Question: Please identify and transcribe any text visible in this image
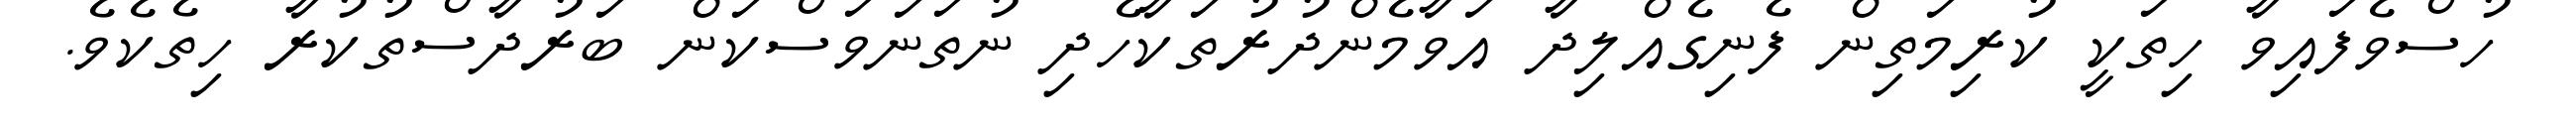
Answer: ހުސްވެފައިވާ ހިތަކީ ކުރިމަތިން ފެނިގެއްލިދާ އަވާމެންދުރުތަކާހެދި ނުތަނަވަސްކަން ބަރުދާސްތުކުރާ ހިތެކެވެ.